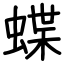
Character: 蝶